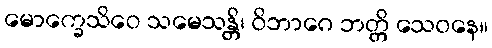
မောက္ခေသိဝေ သမေသန္တိ၊ ဝိဘာဂေ ဘတ္တိ သေဝနေ။